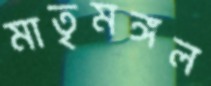
মাতৃমঙ্গল